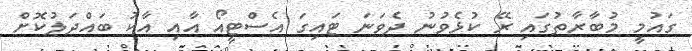
ގައުމީ މުބާރާތުގައި ރޭ ކުޅެވުނު ދެވަނަ ޓައިގަ އެސްޓީއޯ އާއި އާކު ބައްދަލުކޮށް